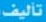
تأليف